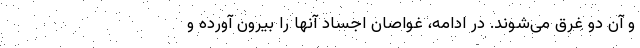
و آن دو غرق می‌شوند. در ادامه، غواصان اجساد آنها را بیرون آورده و